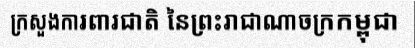
ក្រសួងការពារជាតិ នៃព្រះរាជាណាចក្រកម្ពុជា